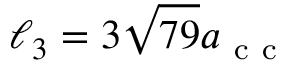
\ell _ { 3 } = 3 \sqrt { 7 9 } a _ { \mathrm { ~ c ~ c ~ } }